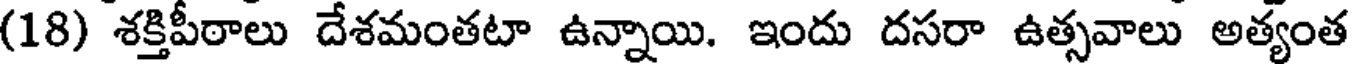
(18) శక్తిపీఠాలు దేశమంతటా ఉన్నాయి. ఇందు దసరా ఉత్సవాలు అత్యంత